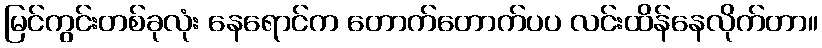
မြင်ကွင်းတစ်ခုလုံး နေရောင်က တောက်တောက်ပပ လင်းထိန်နေလိုက်တာ။